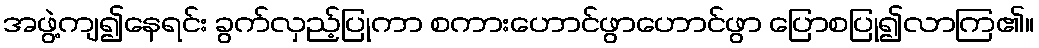
အဖွဲ့ကျ၍နေရင်း ခွက်လှည့်ပြုကာ စကားဟောင်ဖွာဟောင်ဖွာ ပြောစပြု၍လာကြ၏။